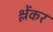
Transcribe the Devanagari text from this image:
श्लेंकर